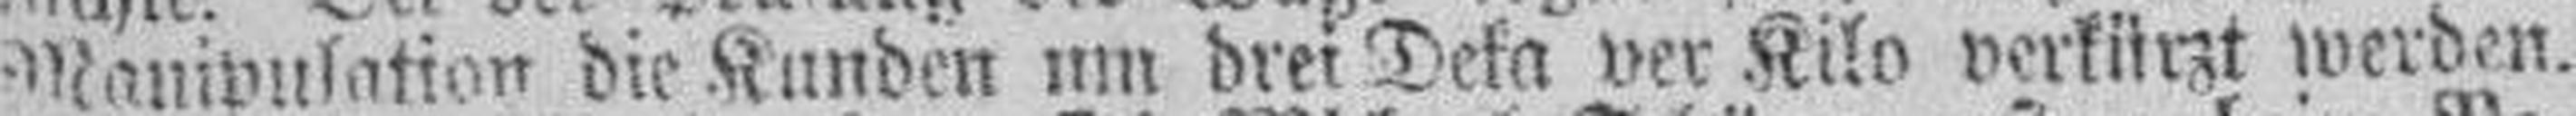
Manipulation die Kunden um drei Deka per Kilo verkürzt werden.